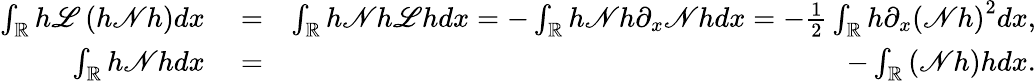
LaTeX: \begin{array}{rlr}{\int_{\mathbb R}h\mathscr{L}\left(h\mathscr{N}h\right)dx}&{{}=}&{\int_{\mathbb R}h\mathscr{N}h\mathscr{L}hdx=-\int_{\mathbb R}h\mathscr{N}h\partial_{x}\mathscr{N}hdx=-\frac{1}{2}\int_{\mathbb R}h\partial_{x}\left(\mathscr{N}h\right)^{2}dx,}\\ {\int_{\mathbb R}h\mathscr{N}hdx}&{{}=}&{-\int_{\mathbb R}\left(\mathscr{N}h\right)hdx.}\end{array}